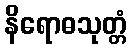
နိရောဓသုတ္တံ